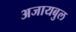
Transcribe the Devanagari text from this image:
अजायबुल